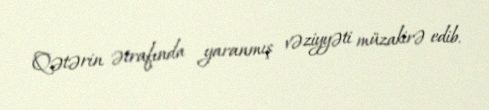
Qətərin ətrafında yaranmış vəziyyəti müzakirə edib.